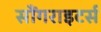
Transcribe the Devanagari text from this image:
सौंगराइटर्स